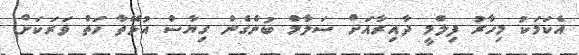
އެކަމަކު މިހާރު ފިލްމީ ދާއިރާއަށް ސަލާމް ބުނެގެން ގިޔާސް އުޅޭތާ ހަތް ވަރަކަށް